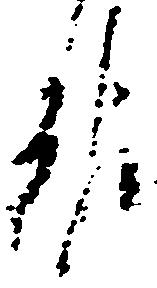
報